Language: tamil
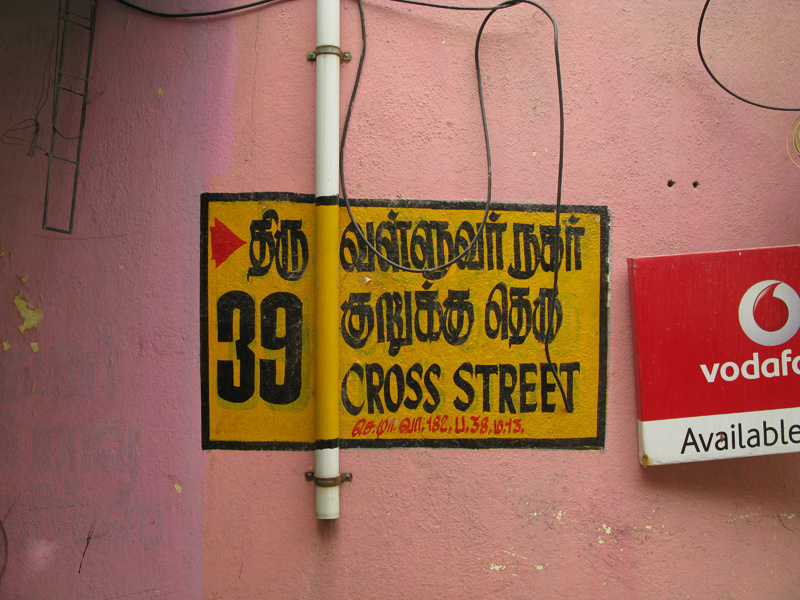
Transcription: வள்ளுவா்நகா் குறுக்கு தெரு திரு